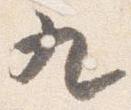
九